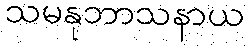
သမနုဘာသနာယ